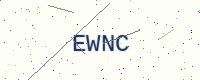
Text: EWNC